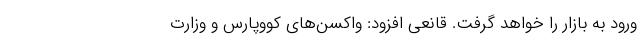
ورود به بازار را خواهد گرفت. قانعی افزود: واکسن‌های کووپارس و وزارت